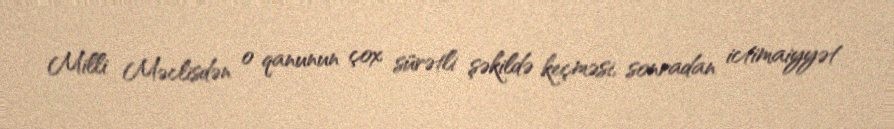
Milli Məclisdən o qanunun çox sürətli şəkildə keçməsi, sonradan ictimaiyyət